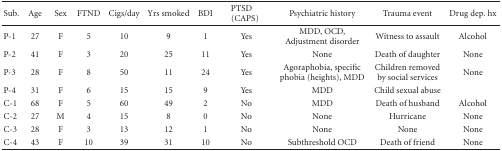
<table><thead><tr><td><b>Sub.</b></td><td><b>Age</b></td><td><b>Sex</b></td><td><b>FTND</b></td><td><b>Cigs/day</b></td><td><b>Yrs smoked</b></td><td><b>BDI</b></td><td><b>PTSD(CAPS)</b></td><td><b>Psychiatric history</b></td><td><b>Trauma event</b></td><td><b>Drug dep. hx</b></td></tr></thead><tbody><tr><td>P-1</td><td>27</td><td>F</td><td>5</td><td>10</td><td>9</td><td>1</td><td>Yes</td><td>MDD, OCD, Adjustment disorder</td><td>Witness to assault</td><td>Alcohol</td></tr><tr><td>P-2</td><td>41</td><td>F</td><td>3</td><td>20</td><td>25</td><td>11</td><td>Yes</td><td>None</td><td>Death of daughter</td><td>None</td></tr><tr><td>P-3</td><td>28</td><td>F</td><td>8</td><td>50</td><td>11</td><td>24</td><td>Yes</td><td>Agoraphobia, specific phobia (heights), MDD</td><td>Children removed by social services</td><td>None</td></tr><tr><td>P-4</td><td>31</td><td>F</td><td>6</td><td>15</td><td>15</td><td>9</td><td>Yes</td><td>MDD</td><td>Child sexual abuse</td><td></td></tr><tr><td>C-1</td><td>68</td><td>F</td><td>5</td><td>60</td><td>49</td><td>2</td><td>No</td><td>MDD</td><td>Death of husband</td><td>Alcohol</td></tr><tr><td>C-2</td><td>27</td><td>M</td><td>4</td><td>15</td><td>8</td><td>0</td><td>No</td><td>None</td><td>Hurricane</td><td>None</td></tr><tr><td>C-3</td><td>28</td><td>F</td><td>3</td><td>13</td><td>12</td><td>1</td><td>No</td><td>None</td><td>None</td><td>None</td></tr><tr><td>C-4</td><td>43</td><td>F</td><td>10</td><td>39</td><td>31</td><td>10</td><td>No</td><td>Subthreshold OCD</td><td>Death of friend</td><td>None</td></tr></tbody></table>